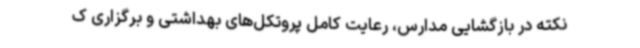
نکته در بازگشایی مدارس، رعایت کامل پروتکل‌های بهداشتی و برگزاری ک